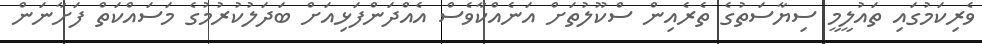
ވެރިކަމުގައި ތައުލީމީ ސިޔާސަތުގެ ތެރެއިން ސްކޫލުތަށް އަނެއްކާވެސް އެއްދަންފަޅިއަށް ބަދަލުކުރުމުގެ މަސައްކަތް ފަށާނަން